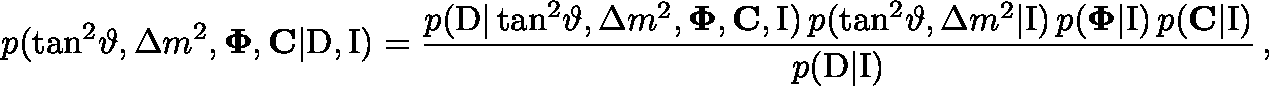
p ( \tan ^ { 2 } \! \vartheta , \Delta { m } ^ { 2 } , \mathbf { \Phi } , \mathbf { C } | \mathrm { D } , \mathrm { I } ) = \frac { p ( \mathrm { D } | \tan ^ { 2 } \! \vartheta , \Delta { m } ^ { 2 } , \mathbf { \Phi } , \mathbf { C } , \mathrm { I } ) \, p ( \tan ^ { 2 } \! \vartheta , \Delta { m } ^ { 2 } | \mathrm { I } ) \, p ( \mathbf { \Phi } | \mathrm { I } ) \, p ( \mathbf { C } | \mathrm { I } ) } { p ( \mathrm { D } | \mathrm { I } ) } \, ,